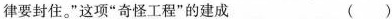
律要封住。”这项”奇怪工程”的建成 ()